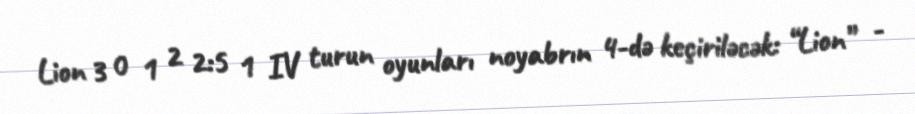
Lion 3 0 1 2 2:5 1 IV turun oyunları noyabrın 4-də keçiriləcək: “Lion” -